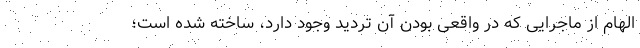
الهام از ماجرایی که در واقعی بودن آن تردید وجود دارد، ساخته شده است؛